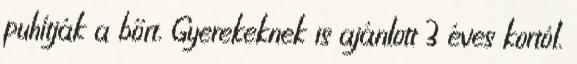
puhítják a bőrt. Gyerekeknek is ajánlott 3 éves kortól.